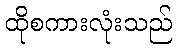
ထိုစကားလုံးသည်